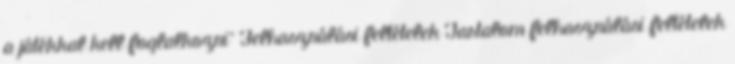
a játékkal kell foglalkozni” Felhasználási feltételek Tartalom felhasználási feltételek